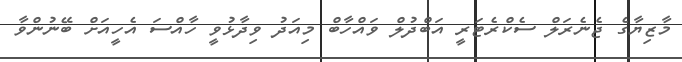
މާޒިޔާގެ ޖެނެރަލް ސެކްރެޓަރީ އަބްދުލް ވައްހާބް މިއަދު ވިދާޅުވީ ހާއްސަ އެހީއަށް ބޭނުންވާ